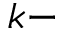
k -